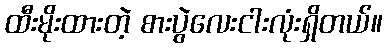
ထီးမိုးထားတဲ့ စားပွဲလေးငါးလုံးရှိတယ်။